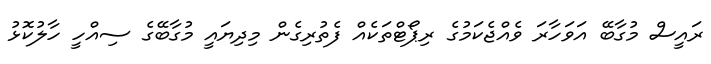
ރައީސް މުގާބޭ އަވަހާރަ ވެއްޖެކަމުގެ ރިޕޯޓްތަކެއް ފެތުރިގެން މިދިޔައީ މުގާބޭގެ ސިއްހީ ހާލުކޮޅު